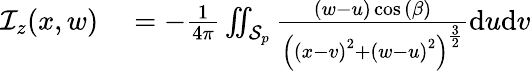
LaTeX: \begin{array}{rl}{\mathcal{I}_{z}(x,w)}&{{}=-\frac{1}{4\pi}\iint_{\mathcal{S}_{p}}\frac{(w-u)\cos{(\beta)}}{\left(\left(x-v\right)^{2}+\left(w-u\right)^{2}\right)^{\frac{3}{2}}}\mathrm{d}u\mathrm{d}v}\end{array}